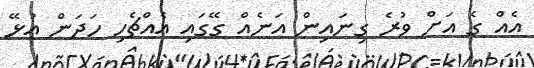
އެއް ގެ އަށް ވުރެ ގިނައިން އަނެއް ގޭގައި އެއްޗެހި ހަދަން އުޅޭ